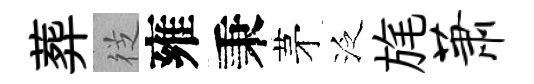
葬徔雍秉茅泛旄萧